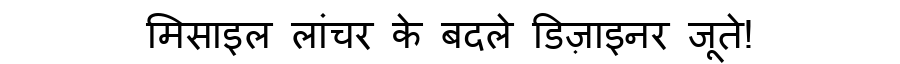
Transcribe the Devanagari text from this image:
मिसाइल लांचर के बदले डिज़ाइनर जूते!